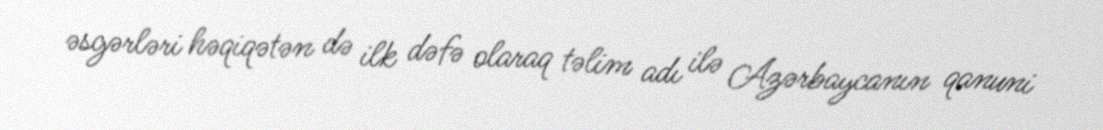
əsgərləri həqiqətən də ilk dəfə olaraq təlim adı ilə Azərbaycanın qanuni